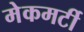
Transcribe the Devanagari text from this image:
मेकमर्टी